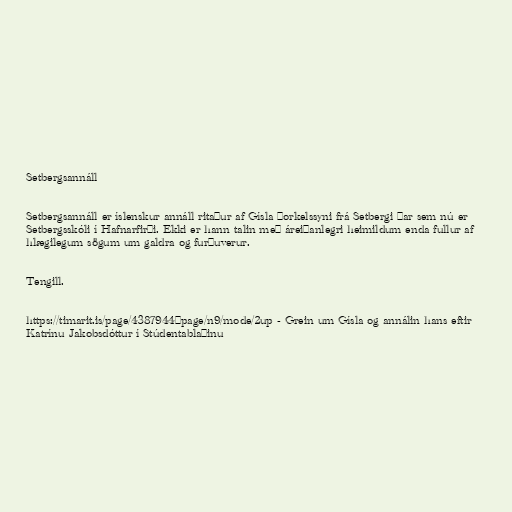
Setbergsannáll

Setbergsannáll er íslenskur annáll ritaður af Gísla Þorkelssyni frá Setbergi þar sem nú er
Setbergsskóli í Hafnarfirði. Ekki er hann talin með áreiðanlegri heimildum enda fullur af
hlægilegum sögum um galdra og furðuverur.

Tengill.

https://timarit.is/page/4387944#page/n9/mode/2up - Grein um Gísla og annálin hans eftir
Katrínu Jakobsdóttur í Stúdentablaðinu